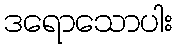
ဒရောသောပါး